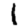
Digit: 1